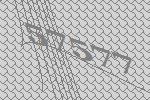
57577